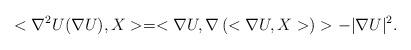
LaTeX: \begin{align*} <\nabla^2 U (\nabla U),X>= <\nabla U, \nabla\left(<\nabla U,X>\right)> - |\nabla U|^2. \end{align*}